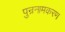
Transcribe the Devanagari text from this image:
पुन्रनामकरण